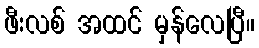
ဖီးလစ် အထင် မှန်လေပြီ။